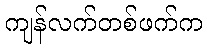
ကျန်လက်တစ်ဖက်က